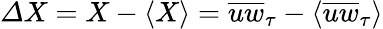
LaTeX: {\mit\Delta}X=X-\langle X\rangle=\overline{{uw}}_{\tau}-\langle\overline{{uw}}_{\tau}\rangle